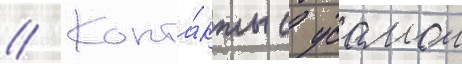
// Конта́кты с усамои